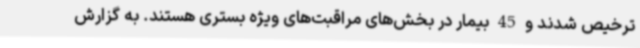
ترخیص شدند و 45 بیمار در بخش‌های مراقبت‌های ویژه بستری هستند. به گزارش